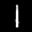
Digit: 1